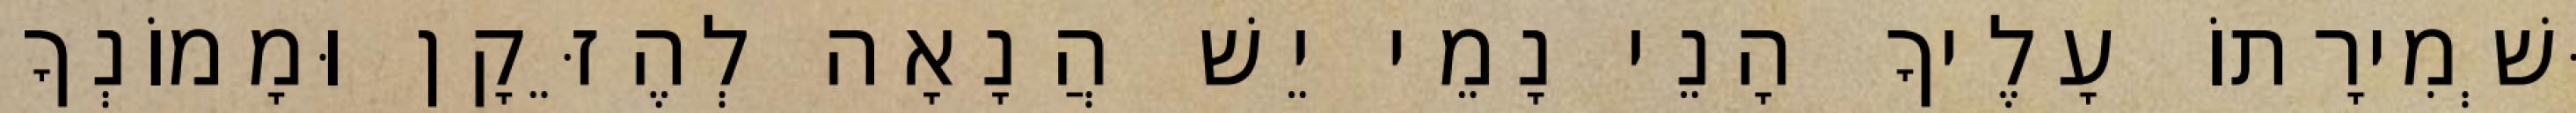
וּשְׁמִירָתוֹ עָלֶיךָ הָנֵי נָמֵי יֵשׁ הֲנָאָה לְהֶזֵּקָן וּמָמוֹנְךָ